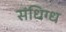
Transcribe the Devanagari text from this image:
संधिग्ध